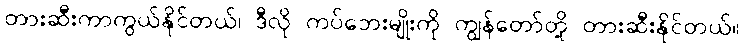
တားဆီးကာကွယ်နိုင်တယ်၊ ဒီလို ကပ်ဘေးမျိုးကို ကျွန်တော်တို့ တားဆီးနိုင်တယ်။